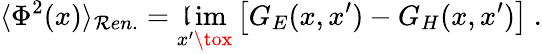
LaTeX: \langle\Phi^{2}(x)\rangle_{\mathcal{R}en.}=\operatorname*{\mathfrak{l}im}_{x^{\prime}\tox}\left[G_{E}(x,x^{\prime})-G_{H}(x,x^{\prime})\right]\ .